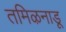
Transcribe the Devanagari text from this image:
तमिऴनाडू